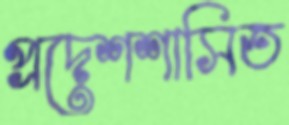
প্রদেশশাসিত